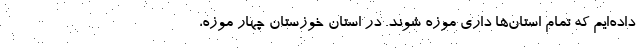
داده‌ایم که تمام استان‌ها داری موزه شوند. در استان خوزستان چهار موزه،